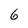
Character: 6